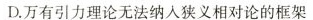
D.万有引力理论无法纳入狭义相对论的框架